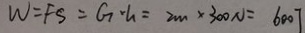
W = F S = G \cdot h = 2 m \times 3 0 0 N = 6 0 0 J